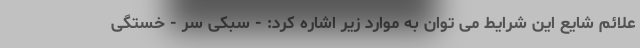
علائم شایع این شرایط می توان به موارد زیر اشاره کرد: - سبکی سر - خستگی